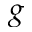
g